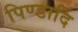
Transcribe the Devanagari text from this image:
पिण्डादि